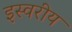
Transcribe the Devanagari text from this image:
इस्वरीय